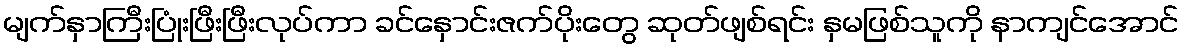
မျက်နှာကြီးပြုံးဖြီးဖြီးလုပ်ကာ ခင်နှောင်းဇက်ပိုးတွေ ဆုတ်ဖျစ်ရင်း နှမဖြစ်သူကို နာကျင်အောင်